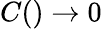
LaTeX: C()\rightarrow 0